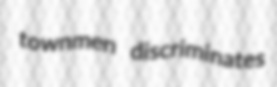
townmen discriminates